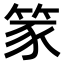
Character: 𫁾